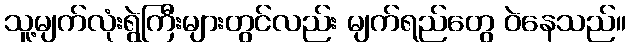
သူ့မျက်လုံးရွဲကြီးများတွင်လည်း မျက်ရည်တွေ ဝဲနေသည်။